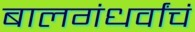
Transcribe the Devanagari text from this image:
बालगंधर्वांचं